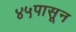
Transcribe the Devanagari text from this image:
४५पासून